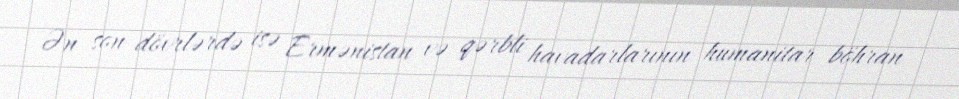
Ən son dövrlərdə isə Ermənistan və qərbli havadarlarının humanitar böhran